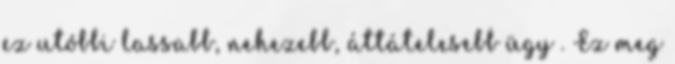
ez utóbbi lassabb, nehezebb, áttátelesebb ügy . Ez meg